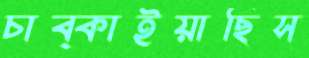
চাব্‌কাইয়াছিস